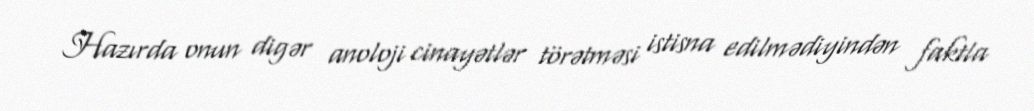
Hazırda onun digər anoloji cinayətlər törətməsi istisna edilmədiyindən faktla